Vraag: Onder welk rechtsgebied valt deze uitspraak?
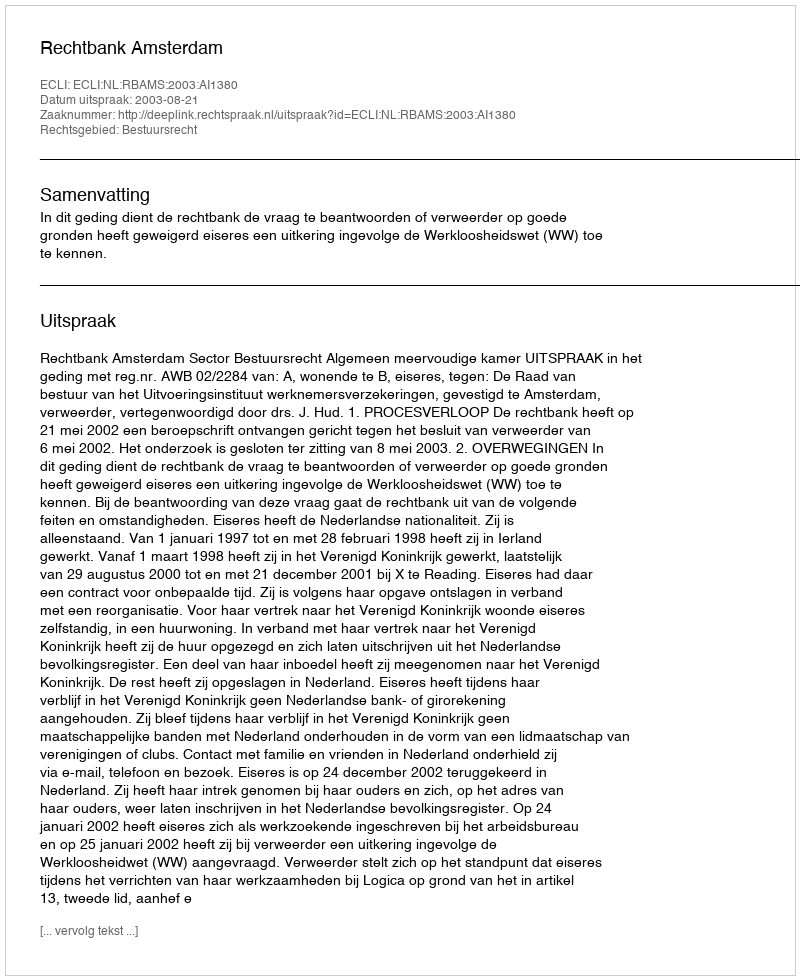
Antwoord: Bestuursrecht